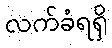
လက်ခံရရှိ